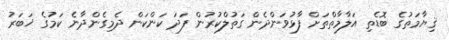
ޤިޔާމަތުގެ ބޮޑެތި އަލާމާތްތަށް ފާޅުވަންދެން ގަތުލްކުރުން ފަދަ ކަންކަން ދެމިގެންދާނެ ކަމުގެ ޚަބަރު